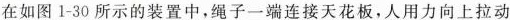
在如图1-30所示的装置中，绳子一端连接天花板，人用力向上拉动